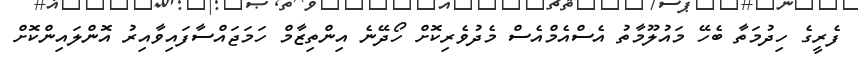
ފެރީގެ ހިދުމަތާ ބެހޭ މައުލޫމާތު އެސްއެމްއެސް މެދުވެރިކޮށް ހޯދޭނެ އިންތިޒާމް ހަމަޖައްސާފައިވާއިރު އޮންލައިންކޮށް